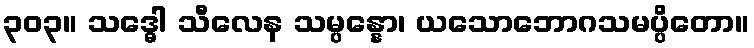
၃၀၃။ သဒ္ဓေါ သီလေန သမ္ပန္နော၊ ယသောဘောဂသမပ္ပိတော။